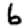
Digit: 6